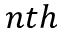
n t h